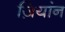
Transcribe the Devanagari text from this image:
ज़ियांन